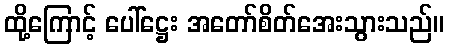
ထို့ကြောင့် ပေါ်ဋ္ဌေး အတော်စိတ်အေးသွားသည်။